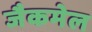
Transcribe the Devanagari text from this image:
जैकमेल